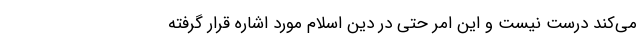
می‌کند درست نیست و این امر حتی در دین اسلام مورد اشاره قرار گرفته